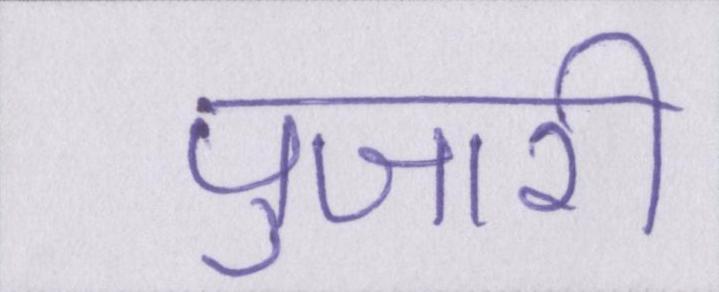
पुजारी